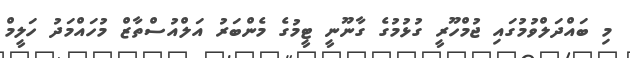
މި ބައްދަލްވުމުގައި ޖުމްހޫރީ ގުޅުމުގެ ގާނޫނީ ޓީމުގެ މެންބަރު އަލްއުސްތާޒް މުހައްމަދު ހަލީމް